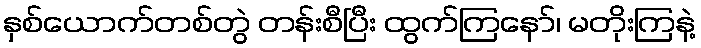
နှစ်ယောက်တစ်တွဲ တန်းစီပြီး ထွက်ကြနော်၊ မတိုးကြနဲ့